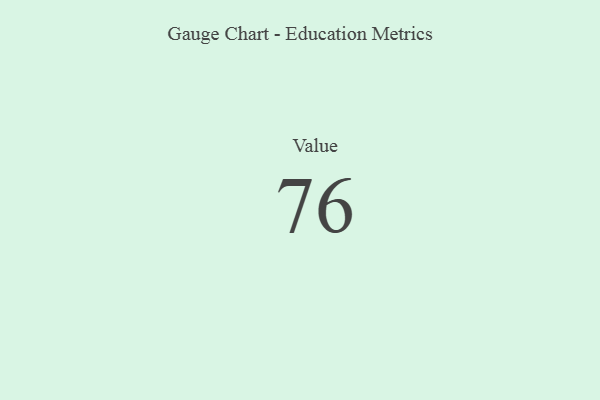
{"axis": {"x": "Metric", "y": "Value"}, "legend": [""], "data": [{"x": "Value", "y": 76, "type": ""}]}